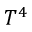
T ^ { 4 }